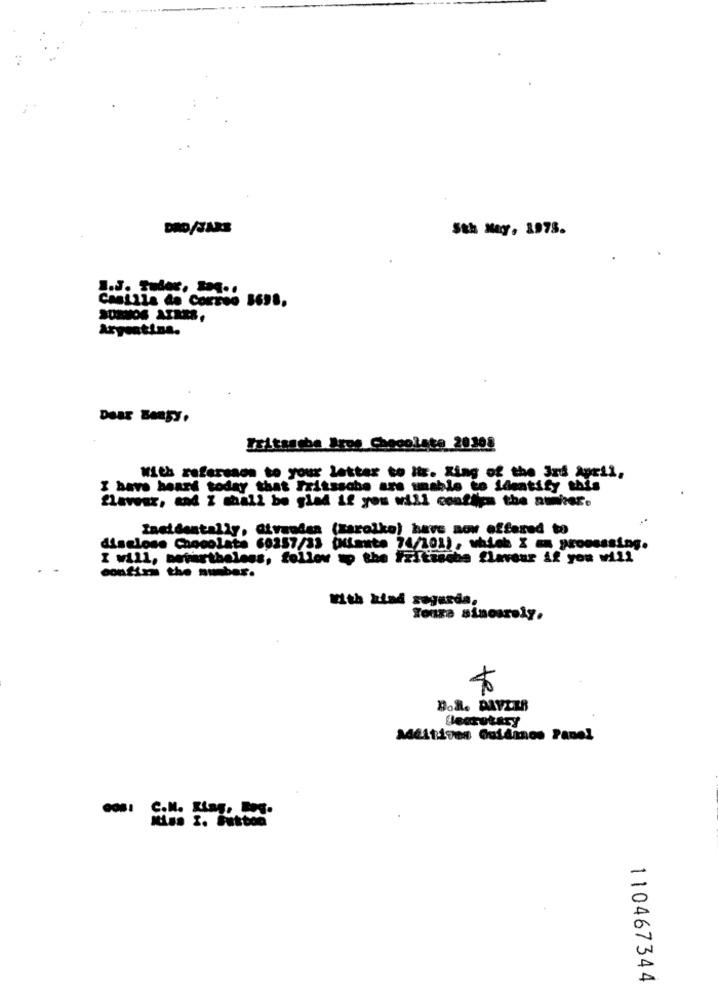
DRO/JARE
Sth May. 1975.
1.J. Tudor, ..
Chelila de Correo 3698,
Argentina.
Fritssebe Itos Chocolate 20308
With refereson to your letter to Its. Xing of the 3rd April,
I have heard today that Fritssche are unable to identify this
flavour, and I shall be glad if you will confirm the aumher.
Insidestally, Givaudan (zarolko) have now offered to
disclose Chocolats 60257/33 (Mimuste 74/101), which X =x proosssing.
I will, nevertheless, follow up the iritische flavour if you will
confirm the number.
With kind segerda,
Toura sinosrely.
te
Bolle DAVIES
Secretary
Additions Guidinos Panel
C.N. Ka. S.
110467344